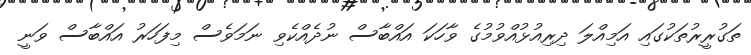
ތަގުރީރުތަކުގައި އަމިއްލަ ދިރިއުޅުއްވުމުގެ ވާހަކަ އައްބާސް ނުދެއްކެވި ނަމަވެސް މިފަހަރު އައްބާސް ވަނީ